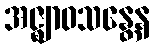
အဇ္ဈာဝသန္တေန